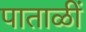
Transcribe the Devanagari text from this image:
पाताळीं